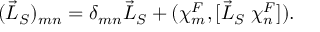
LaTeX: ( \vec { \cal L } _ { S } ) _ { m n } = { \delta } _ { m n } \vec { L } _ { S } + ( { \chi } _ { m } ^ { F } , [ { \vec { L } _ { S } } \; { \chi } _ { n } ^ { F } ] ) .